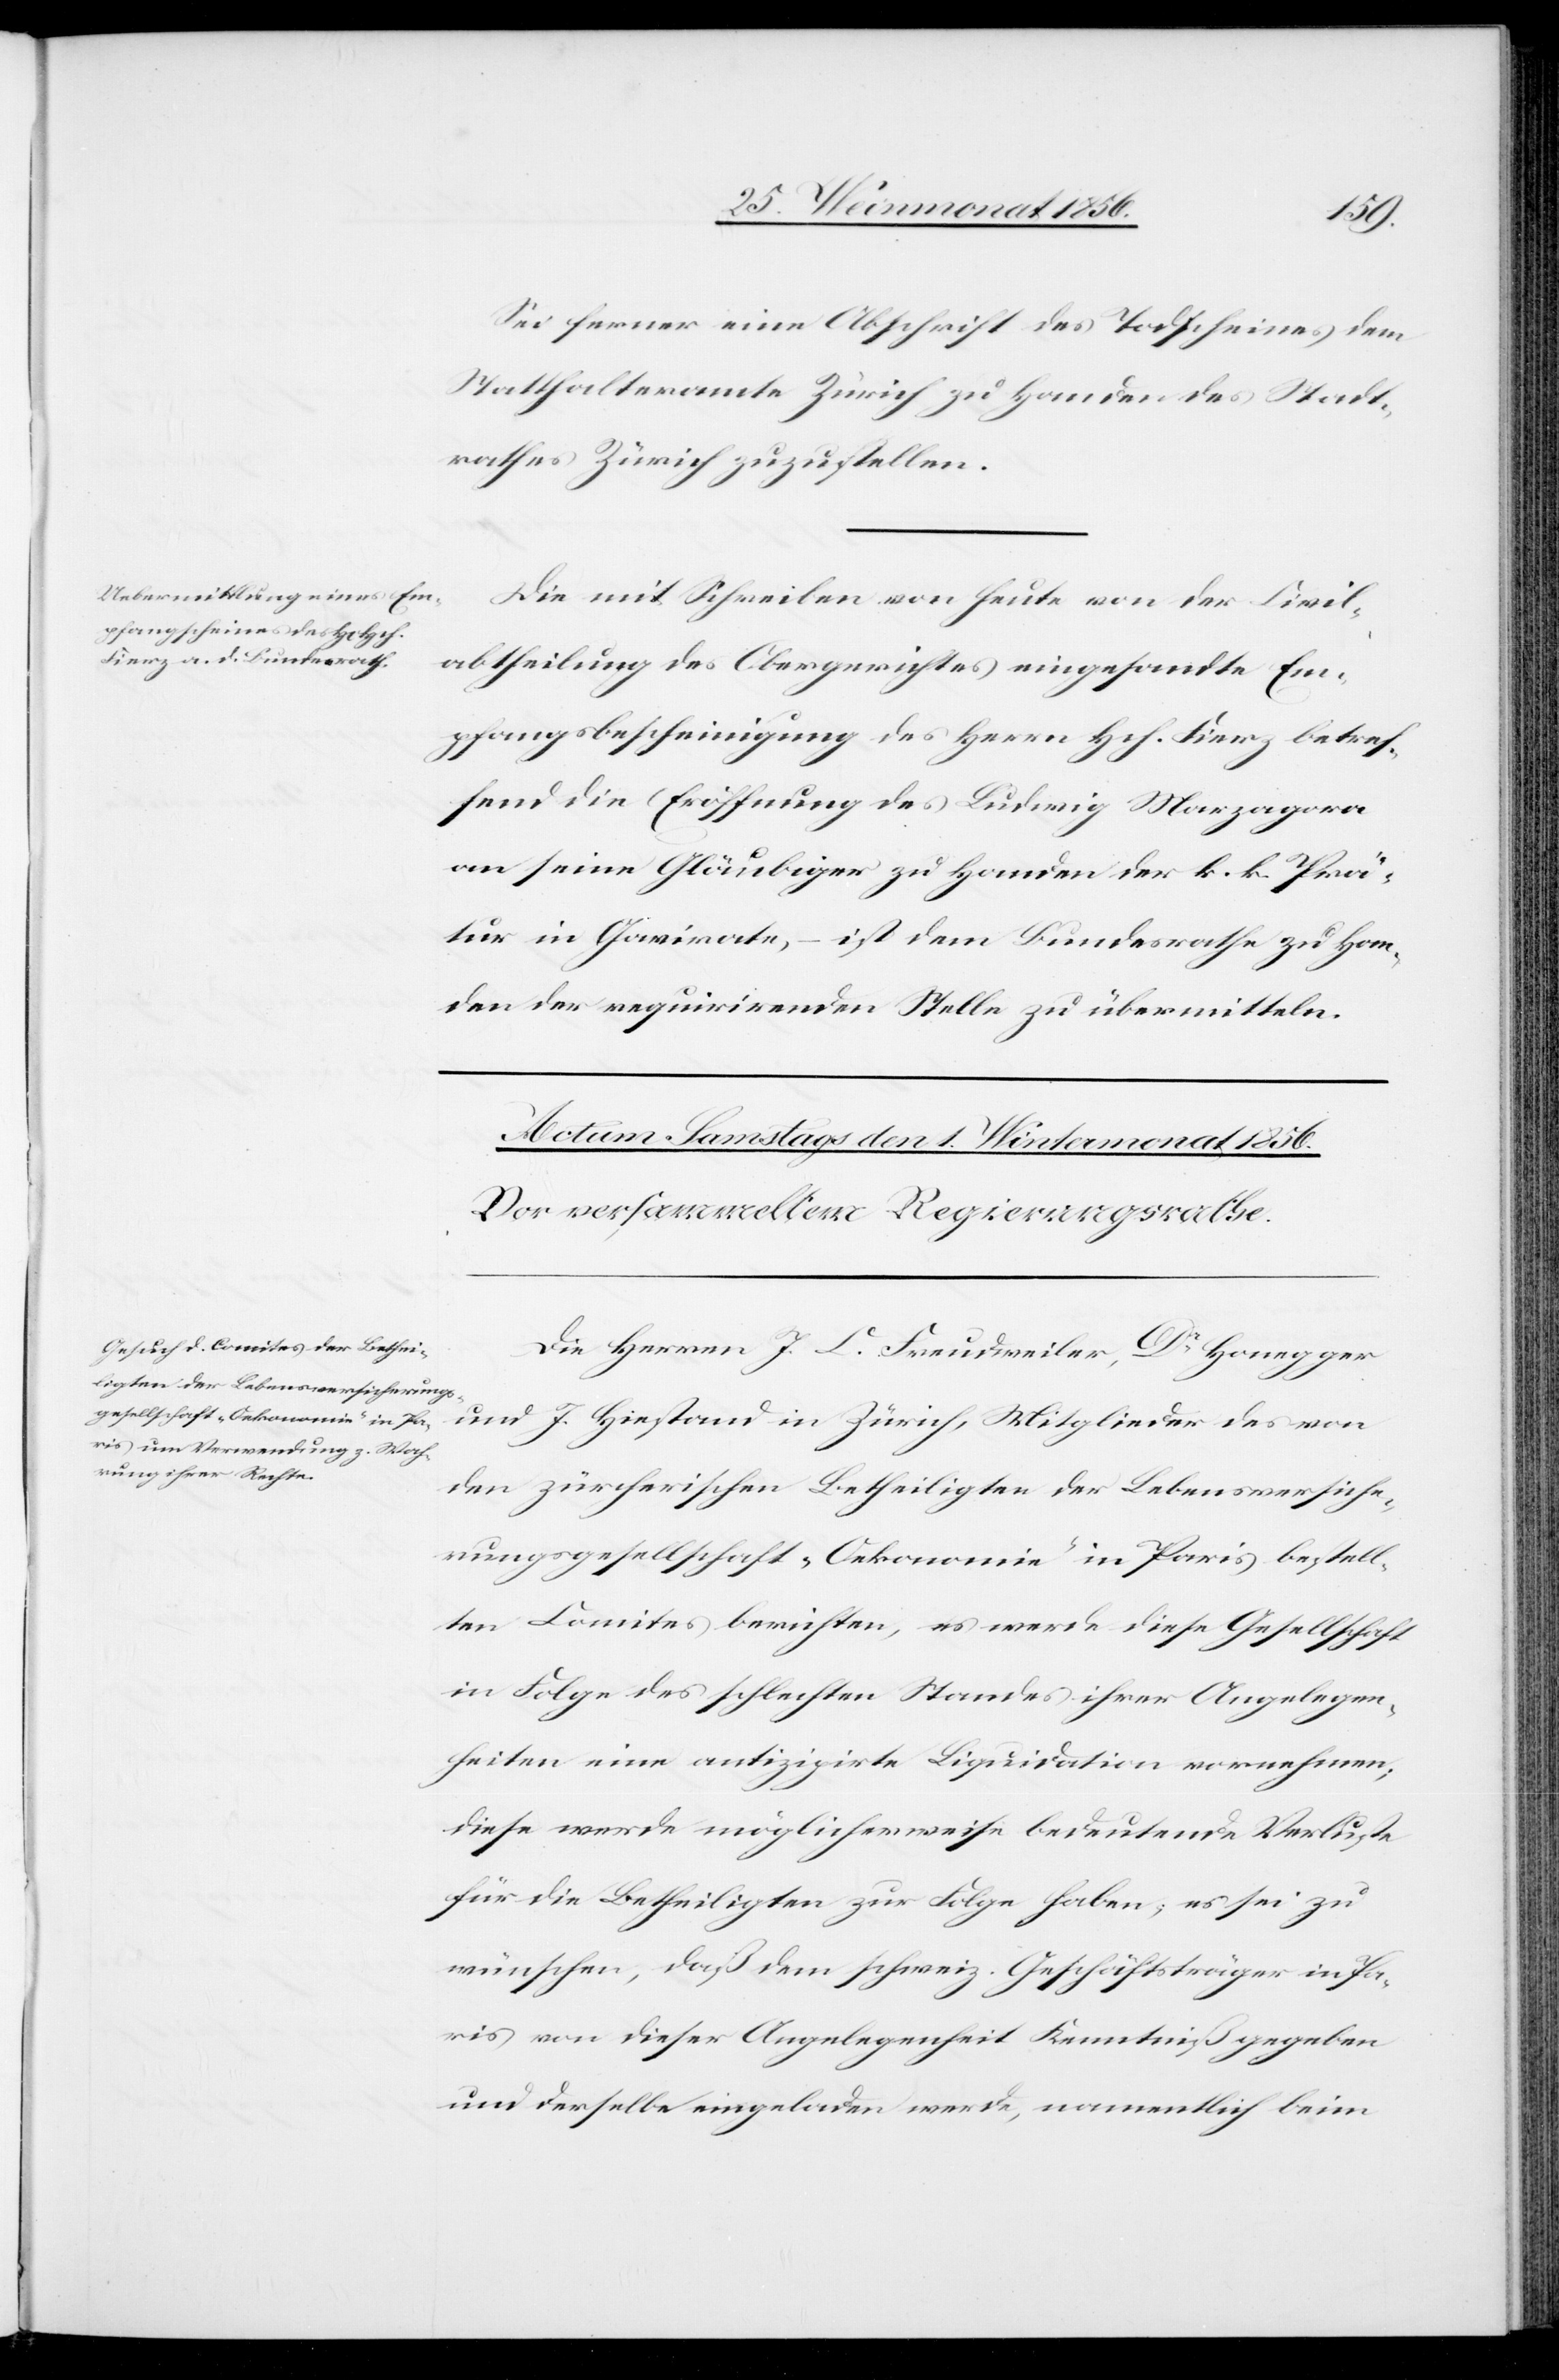
30. Weinmonat 1856.]
Sei ferner eine Abschrift des Todscheines dem
Statthalteramte Zürich zu Handen des Stadt¬
rathes Zürich zuzustellen.
Die mit Schreiben von heute von der Civil¬
abtheilung des Obergerichtes eingesandte Em¬
pfangsbescheinigung des Herrn Hch. Fierz betref¬
fend die Eröffnung des Ludwig Marzagora
an seine Gläubiger zu Handen der k. k. Prä¬
tur in Gavirate, – ist dem Bundesrathe zu Han¬
den der requirirenden Stelle zu übermitteln.
Die Herren J. C. Freudweiler, Dr Honegger
und J. Hiestand in Zürich, Mitglieder des von
den zürcherischen Betheiligten der Lebensversiche¬
rungsgesellschaft „Oekonomie“ in Paris bestell¬
ten Comites berichten, es werde diese Gesellschaft
in Folge des schlechten Standes ihrer Angelegen¬
heiten eine antizipirte Liquidation vornehmen;
diese werde möglicherweise bedeutende Verluste
für die Betheiligten zur Folge haben; es sei zu
wünschen, daß dem schweiz. Geschäftsträger in Pa¬
ris von dieser Angelegenheit Kenntniß gegeben
und derselbe eingeladen werde, namentlich beim